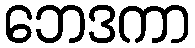
ဘေဒကာ